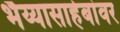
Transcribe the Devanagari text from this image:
भैय्यासाहेबांवर